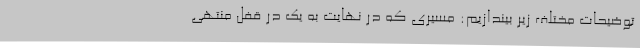
توضیحات مختلف زیر بیندازیم: مسیری که در نهایت به یک در قفل منتهی